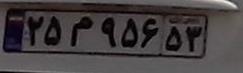
۲۵م۹۵۶۵۳